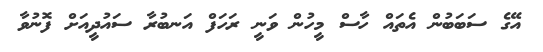
އޭގެ ސަބަބުން އެތައް ހާސް މީހުން ވަނީ ރަހަފް އަނބުރާ ސައުދީއަށް ފޮނުވާ